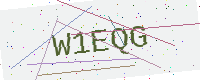
Text: W1EQG